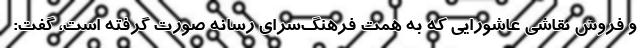
و فروش نقاشی عاشورایی که به همت فرهنگ‌سرای رسانه صورت گرفته است، گفت: